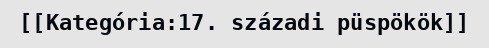
[[Kategória:17. századi püspökök]]